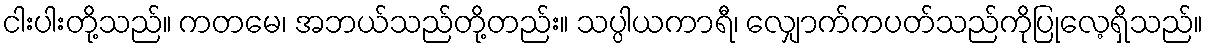
ငါးပါးတို့သည်။ ကတမေ၊ အဘယ်သည်တို့တည်း။ သပ္ပါယကာရီ၊ လျှောက်ကပတ်သည်ကိုပြုလေ့ရှိသည်။